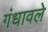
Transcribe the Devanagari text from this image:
गंधावले